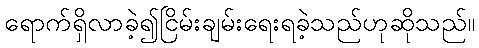
ရောက်ရှိလာခဲ့၍ငြိမ်းချမ်းရေးရခဲ့သည်ဟုဆိုသည်။